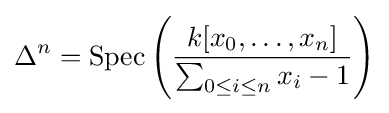
\Delta ^{n}={\text{Spec}}\left({\frac {k[x_{0},\ldots ,x_{n}]}{\sum _{0\leq i\leq n}x_{i}-1}}\right)